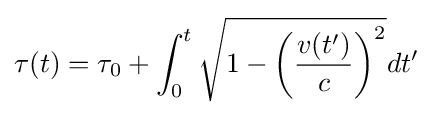
\tau (t)=\tau _{0}+\int _{0}^{t}{\sqrt {1-\left({\frac {v(t')}{c}}\right)^{2}}}dt'